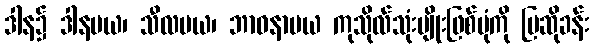
ဒါန၌ ဒါနမယ၊ သီလမယ၊ ဘာဝနာမယ ကုသိုလ်သုံးမျိုးဖြစ်ပုံကို ပြဆိုခန်း